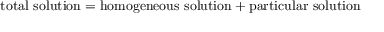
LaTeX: { \mathrm { t o t a l ~ s o l u t i o n } } = { \mathrm { h o m o g e n e o u s ~ s o l u t i o n } } + { \mathrm { p a r t i c u l a r ~ s o l u t i o n } }